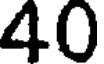
40